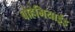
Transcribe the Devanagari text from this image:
बोहेमियाईइ